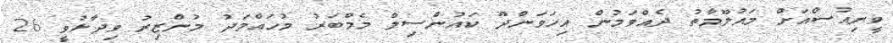
ވީނިއުސްއަށް މައުލޫމާތު ދެއްވަމުން އިހަވަންދޫ ކައުންސިލް މެމްބަރު މުހައްމަދު މުންޒިރު ވިދާޅުވީ 26